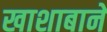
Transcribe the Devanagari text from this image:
खाशाबाने